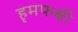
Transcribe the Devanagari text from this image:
हृमफक्षी